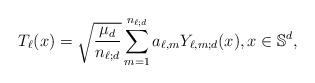
LaTeX: \begin{align*}T_\ell(x)=\sqrt{\frac{\mu_d}{n_{\ell;d}}}\sum_{m=1}^{n_{\ell;d}} a_{\ell,m} Y_{\ell,m;d}(x),x\in \mathbb{S}^d,\end{align*}